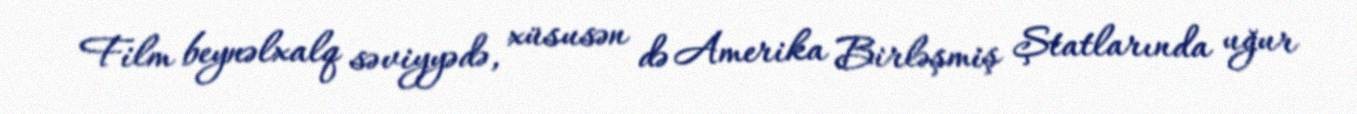
Film beynəlxalq səviyyədə, xüsusən də Amerika Birləşmiş Ştatlarında uğur